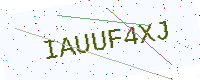
Text: IAUUF4XJ